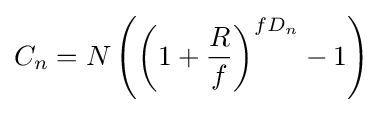
C_{n}=N\left(\left(1+{\frac {R}{f}}\right)^{fD_{n}}-1\right)